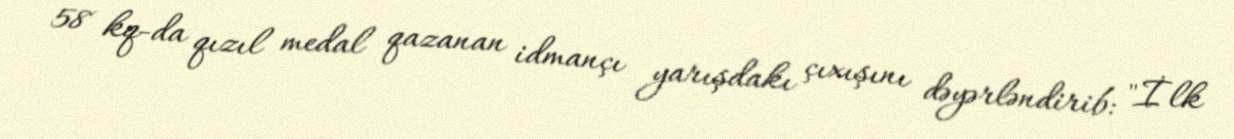
58 kq-da qızıl medal qazanan idmançı yarışdakı çıxışını dəyərləndirib: "İlk